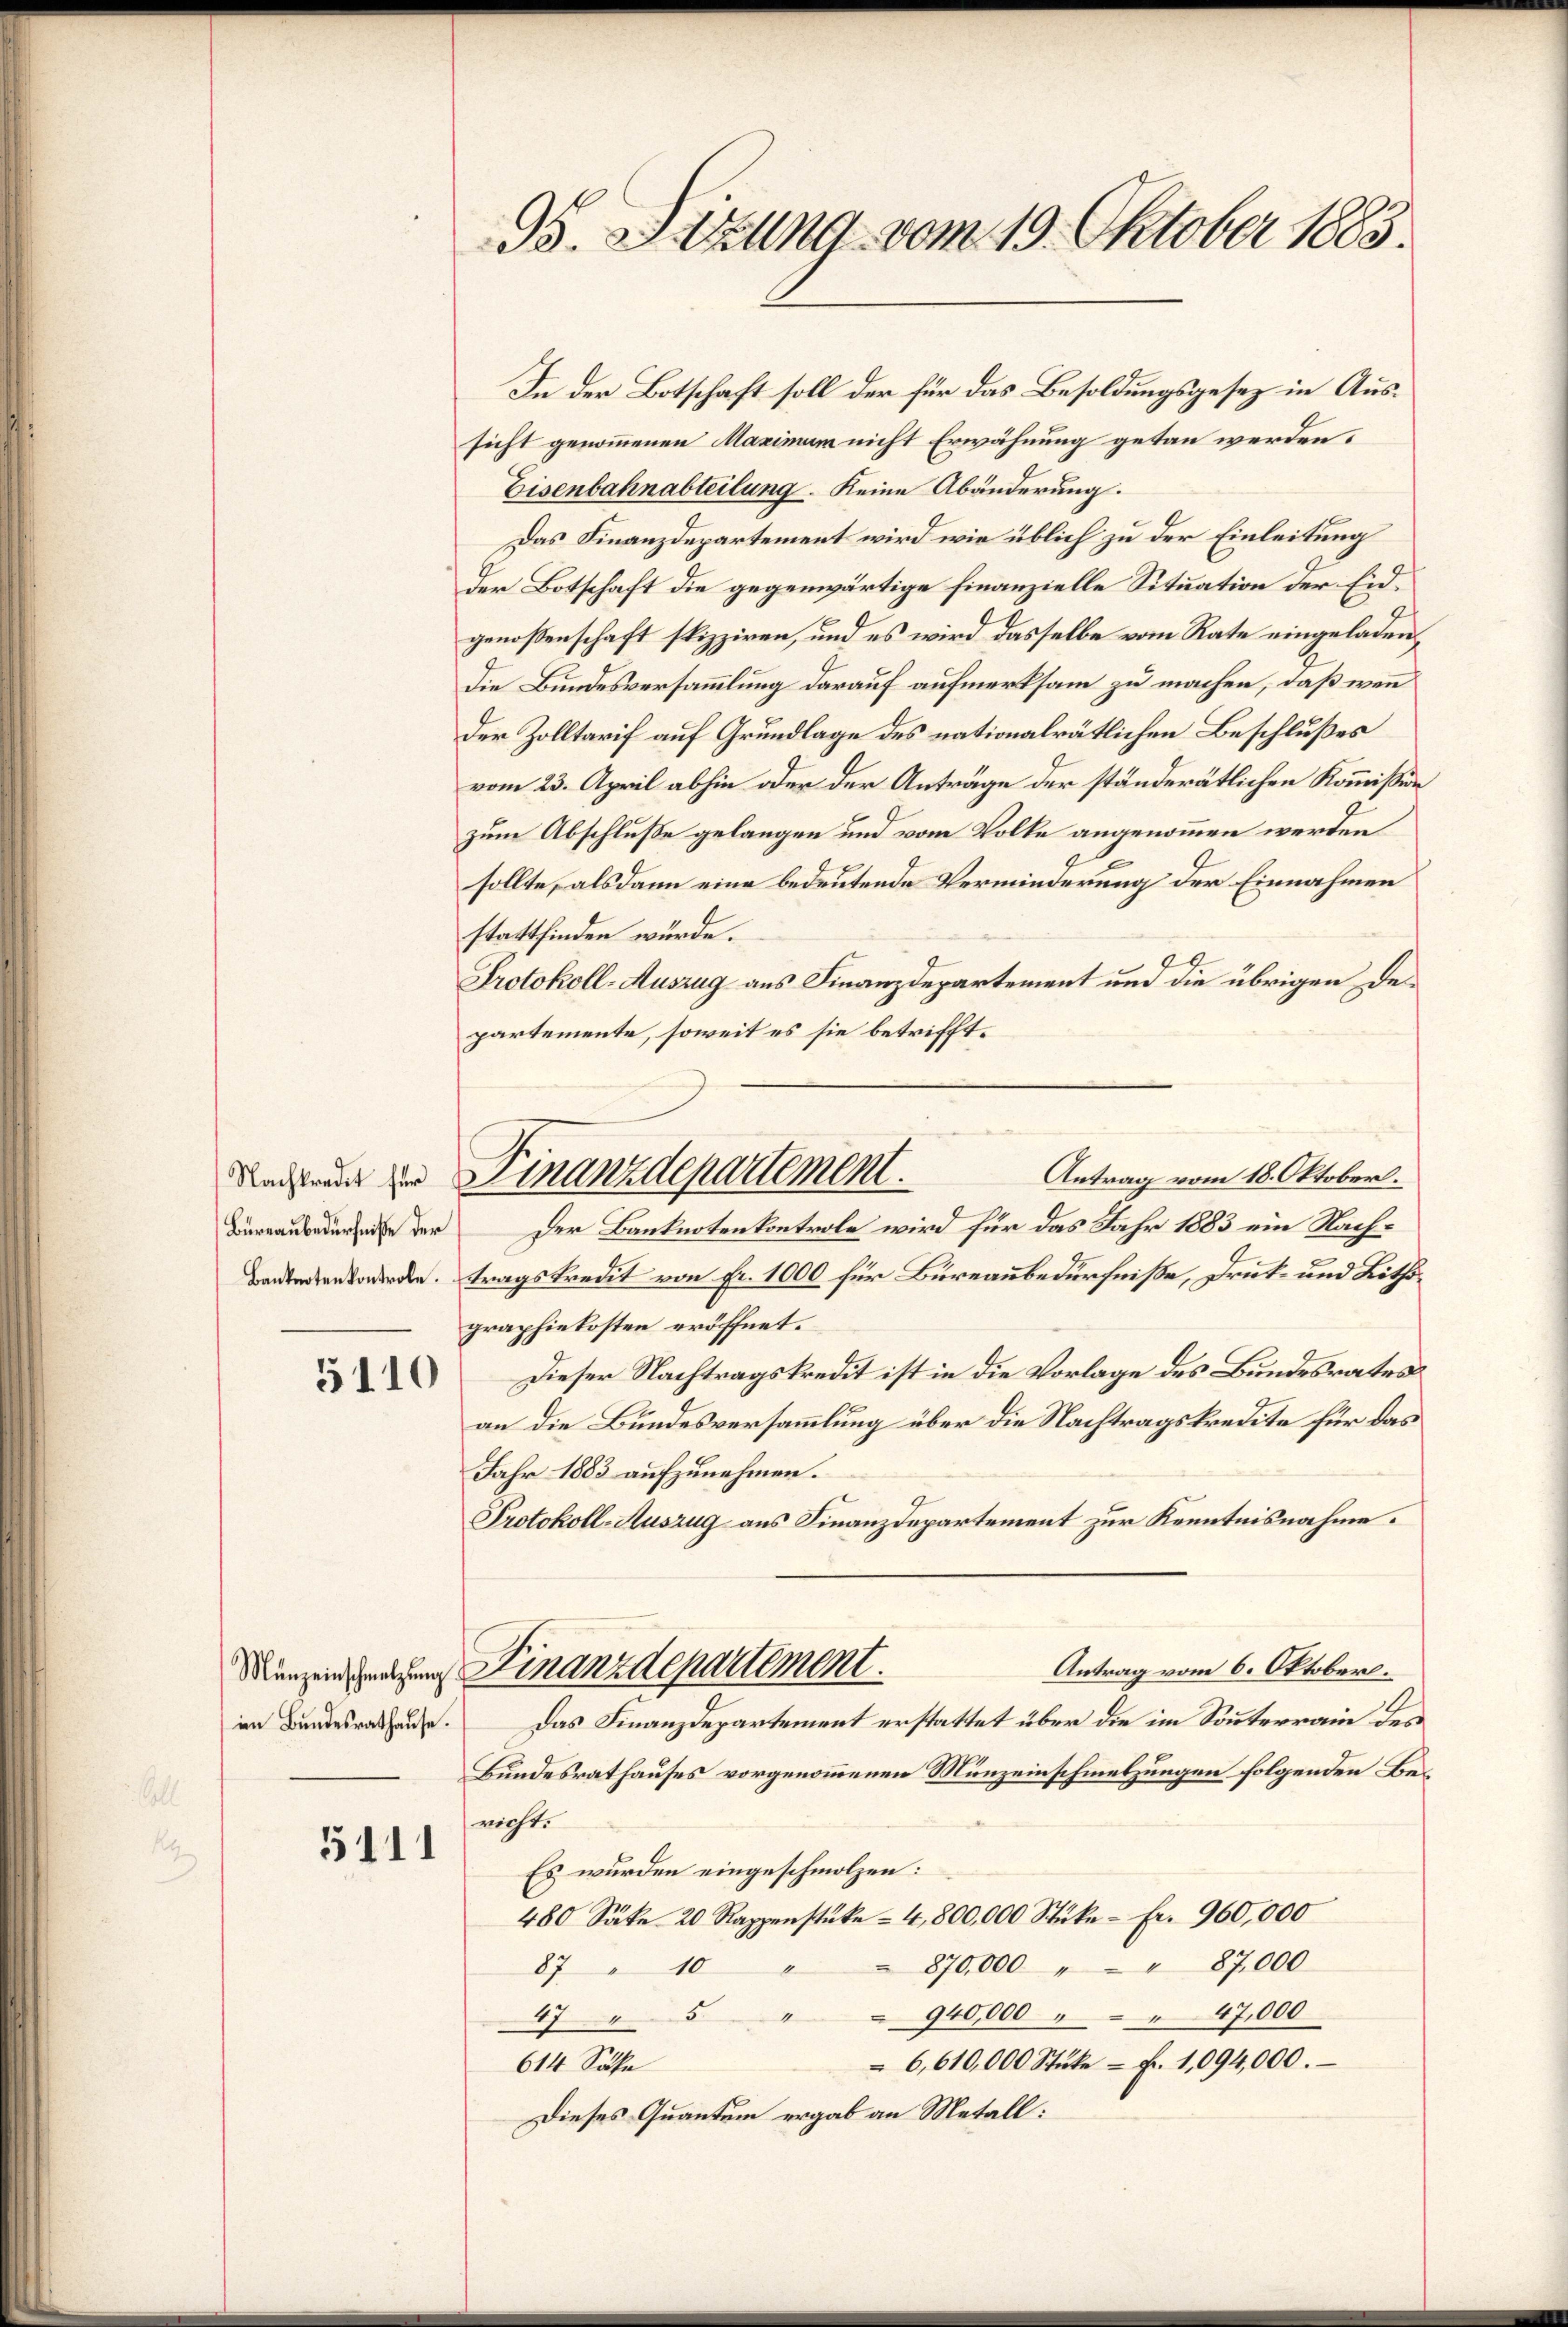
Nachkredit für
Büreaubedürfniße der
Banknoten kontrole.

5110

im Bundesrathause.

5111

95. Sitzung vom 19. Oktober 1883.

sicht genommenen Maximum nicht Erwähnung getan werden.
Eisenbahnabteilung. Keine Abänderung.
Das Finanzdepartement wird wie üblich zu der Einleitung
der Botschaft die gegenwärtige Finanzielle Situation der Eidgenoßenschaft spizziren, und es wird dasselbe vom Rate eingeladen,
Die Bundesversammlung darauf aufmerksam zu machen, daß wenn
der Zolltarif auf Grundlage des nationalrätlichen Beschlußes
vom 23. April abhin oder der Anträge der ständerätlichen Kommission
zum Abschluße gelangen und vom Volke angenommen werden
sollte, alsdann eine bedeutende Verminderung der Einnahmen
stattfinden würde.
Protokoll-Auszug aus Finanzdepartement und die übrigen Departemente, soweit es sie betrifft¬
Der Banknotenkontrole wird für das Jahr 1883 ein Nachtragskredit von Fr. 1000 für Büreaubedürfniße, Druk- und Lithographiekosten eröffnet.
Dieser Nachtragskredit ist in die Vorlage des Bundesrates
an die Bundesversammlung über die Nachtragskredite für das
Jahr 1883 aufzunehmen.
Protokoll-Auszug aus Finanzdepartement zur Kenntnisnahme.
Antrag vom 6. Oktober.
Manzen mitzung Finanzdepartement.
Das Finanzdepartement erstattet über die im Sonnterrain des
Bundesrathauses vorgenommenen Munzeinschmelzungen folgenden Bericht.
Es wurden eingeschmolzen:
480 Säke 20 Rappenstüke – 4,800,000 Stüke - Fr. 960,000
870,000 " " 87,000
87 " 10
940,00047,000
475
6,610,000 Stüke - Fr. 1,094,000.
614 Sähe
Dieses Quantum ergab an Metall:

Antrag vom 18. Oktober.
Finanzdepartement.

In der Botschaft soll der für das Besoldungsgesez in Aus¬